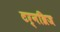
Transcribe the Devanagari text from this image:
टर्नब्रिज